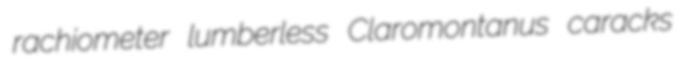
rachiometer lumberless Claromontanus caracks